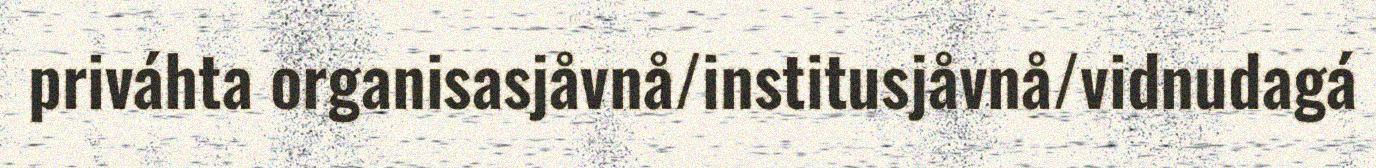
priváhta organisasjåvnå/institusjåvnå/vidnudagá